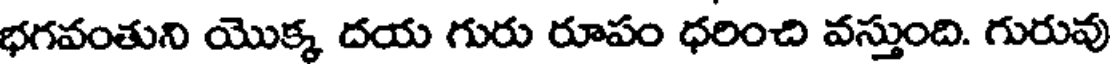
భగవంతుని యొక్క దయ గురు రూపం ధరించి వస్తుంది. గురువు